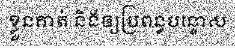
ខ្លួនគាត់ និងឲ្យប្រពន្ធបន្ទោស